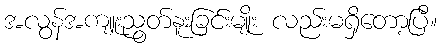
အလွန်အကျူးညွတ်နူးခြင်းမျိုး လည်းမရှိတော့ပြီ။